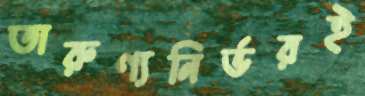
তারুণ্যনির্ভরই